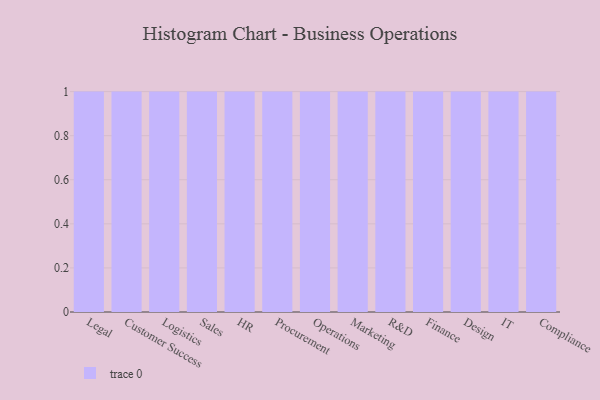
{"axis": {"x": "Department", "y": "Conversion Rate (%)"}, "legend": [""], "data": [{"x": "Legal", "y": 47, "type": ""}, {"x": "Customer Success", "y": 65, "type": ""}, {"x": "Logistics", "y": 50, "type": ""}, {"x": "Sales", "y": 41, "type": ""}, {"x": "HR", "y": 6, "type": ""}, {"x": "Procurement", "y": 58, "type": ""}, {"x": "Operations", "y": 82, "type": ""}, {"x": "Marketing", "y": 16, "type": ""}, {"x": "R&D", "y": 26, "type": ""}, {"x": "Finance", "y": 28, "type": ""}, {"x": "Design", "y": 65, "type": ""}, {"x": "IT", "y": 55, "type": ""}, {"x": "Compliance", "y": 22, "type": ""}]}